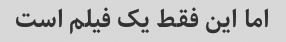
اما این فقط یک فیلم است